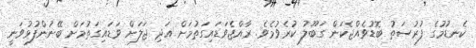
ކެނޑުމުގެ ފުރުސަތު ބޮޑުވެއްޖެކަން ގަބޫލު ކުރެވުމެވެ. ރާއްޖެވަޑައިގަތުމަށް އަދި ޖަލަށް ވަޑައިގަތުމަށް ބޭނުންފުޅުވަނީ